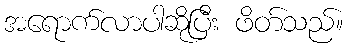
အရောက်လာပါဆိုပြီး ဖိတ်သည်။